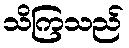
သိကြသည်